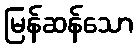
မြန်ဆန်သော